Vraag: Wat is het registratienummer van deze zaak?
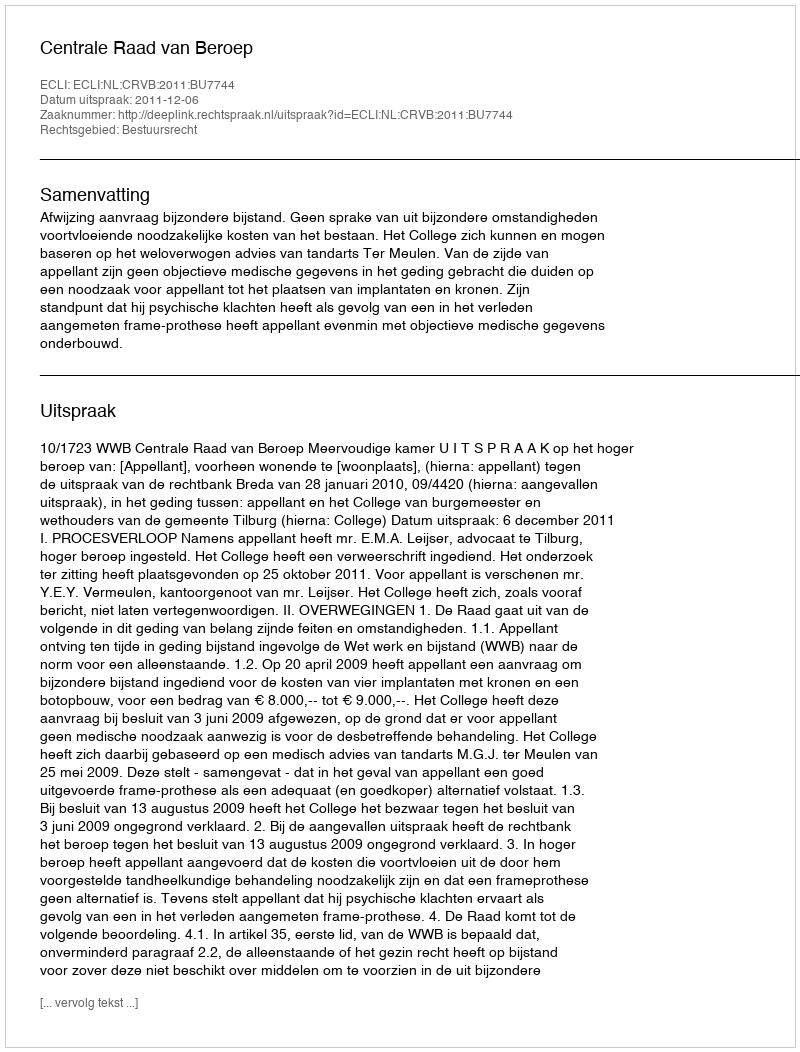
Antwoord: http://deeplink.rechtspraak.nl/uitspraak?id=ECLI:NL:CRVB:2011:BU7744